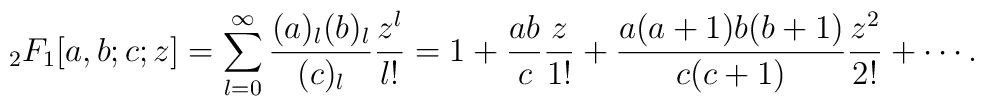
_2F_1[a,b;c;z]=\sum^{\infty}_{l=0}{{(a)_l(b)_l}\over{(c)_l}}{{z^l}\over{l!}}=1+{{ab}\over{c}}{z\over{1!}}+{{a(a+1)b(b+1)}\over{c(c+1)}}{{z^2}\over{2!}}+\cdots.